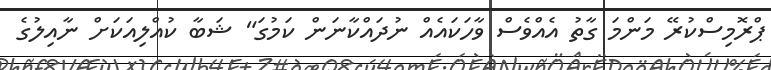
ޕްރޮމިސްކުރޭ މަންމަ ގާތު އެއްވެސް ވާހަކައެއް ނުދައްކާނަން ކަމުގަ" ޝަބާ ކުއްލިއަކަށް ނާއިލުގެ